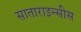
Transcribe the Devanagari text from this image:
साताराइन्सीस